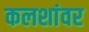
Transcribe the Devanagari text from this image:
कलशांवर